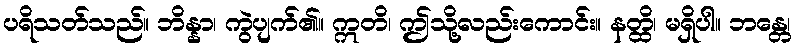
ပရိသတ်သည်။ ဘိန္နာ၊ ကွဲပျက်၏။ ဣတိ၊ ဤသို့လည်းကောင်း။ နတ္ထိ၊ မရှိပါ။ ဘန္တေ၊